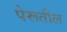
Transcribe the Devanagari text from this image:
पेरूतील